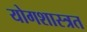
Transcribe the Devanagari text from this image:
योगशास्त्रत